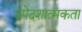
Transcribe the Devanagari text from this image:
उपेदशात्मकता